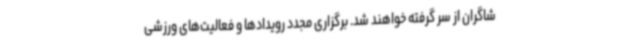
شاگران از سر گرفته خواهند شد. برگزاری مجدد رویدادها و فعالیت‌های ورزشی